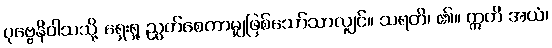
ပုဗ္ဗေနိဝါသသို့ ရှေးရှု ညွတ်စေကာမျှဖြစ်သော်သာလျှင်။ သရတိ၊ ၏။ ဣတိ အယံ၊